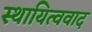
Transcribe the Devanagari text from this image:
स्थायित्ववाद